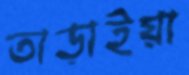
তাড়াইয়া